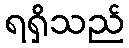
ရရှိသည်